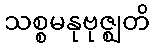
သစ္စမနုဗုဇ္ဈတိ